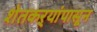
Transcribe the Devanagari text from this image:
शेतकऱ्यांपासून